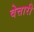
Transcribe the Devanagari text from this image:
वेत्तारी